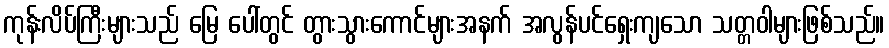
ကုန်းလိပ်ကြီးများသည် မြေ ပေါ်တွင် တွားသွားကောင်များအနက် အလွန်ပင်ရှေးကျသော သတ္တဝါများဖြစ်သည်။